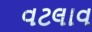
વટલાવ